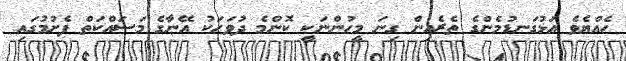
ހެއްޔެވެ އަޅުގަނޑުމެންގެ ތެރެއިން ގިނަ މީހުންނަކީ ކޮންމެ ދުވަހަކު އޭނާގެ މަސައްކަތް ފެށުމުގައި